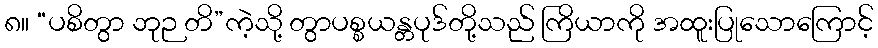
၈။ “ပစိတွာ ဘုဉ တိ”ကဲ့သို့ တွာပစ္စယန္တပုဒ်တို့သည် ကြိယာကို အထူးပြုသောကြောင့်